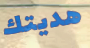
هديتك